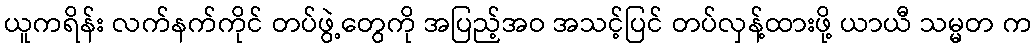
ယူကရိန်း လက်နက်ကိုင် တပ်ဖွဲ့တွေကို အပြည့်အဝ အသင့်ပြင် တပ်လှန့်ထားဖို့ ယာယီ သမ္မတ က